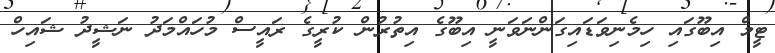
ޓީމް އިބޫގައި ހިމެނިވަޑައިގަންނަވަނީ އިބޫގެ އިތުރުން ކުރީގެ ރައީސް މުހައްމަދު ނަޝީދު ޝައިހް